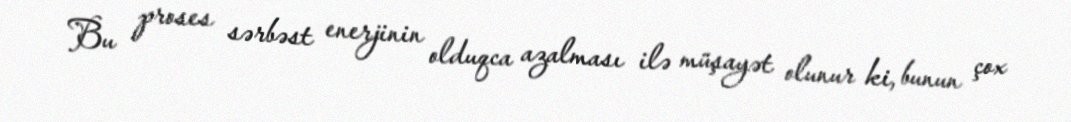
Bu proses sərbəst enerjinin olduqca azalması ilə müşayət olunur ki, bunun çox